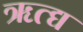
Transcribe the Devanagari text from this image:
ॠत्द्य